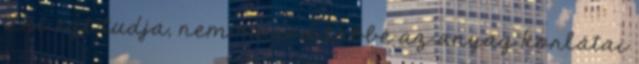
Aki ezt tudja, nem marad többé az anyag korlátai